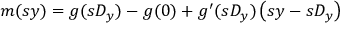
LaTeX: m ( s y ) = g ( s D _ { y } ) - g ( 0 ) + g ^ { \prime } ( s D _ { y } ) \left( s y - s D _ { y } \right)